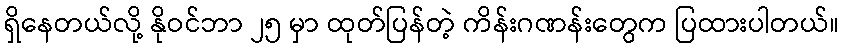
ရှိနေတယ်လို့ နိုဝင်ဘာ ၂၅ မှာ ထုတ်ပြန်တဲ့ ကိန်းဂဏန်းတွေက ပြထားပါတယ်။